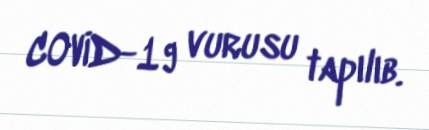
COVİD-19 vurusu tapılıb.